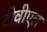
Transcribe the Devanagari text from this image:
टीवीएल